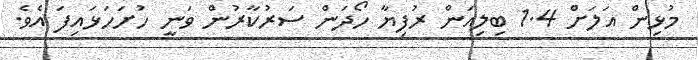
މުޅިން އަލަށް 1.4 ބިލިއަން ރުފިޔާ ހޯދަން ސަރުކާރުން ވަނީ ހުށަހަޅައިފަ އެވެ.